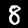
Digit: 8